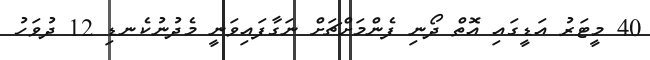
40 މީޓަރު އަޑީގައި އޮތް ދޯނި ފެންމަށްޗަށް ނަގާފައިވަނީ މެދުނުކެނޑި 12 ދުވަހު